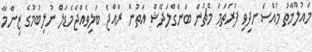
މައުލޫމާތު މުއްސަނދިވި ފުރަތަމަ މެޗުން ބަންގްލަދޭޝް އަތުން ރާއްޖެ ބަލިވެއްޖެމެޑަލް ނުލިބުމުގެ ޒިންމާ